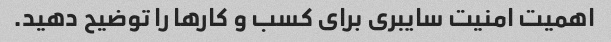
اهمیت امنیت سایبری برای کسب و کارها را توضیح دهید.